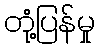
တုံ့ပြန်မှု